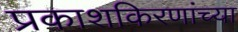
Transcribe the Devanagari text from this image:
प्रकाशकिरणांच्या